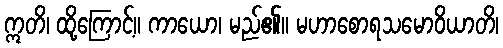
ဣတိ၊ ထို့ကြောင့်။ ကာယော၊ မည်၏။ မဟာစောရသမောဝိယာတိ၊